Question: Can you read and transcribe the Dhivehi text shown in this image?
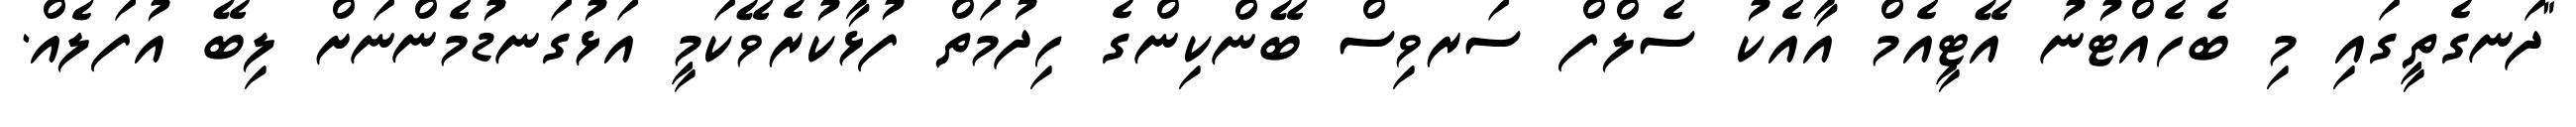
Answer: "ދަނގެތީގައި މި ބެހެއްޓުނު އޭޓީއެމް އާއެކު ސެލްފް ސަރވިސް ބޭންކިންގެ ހިދުމަތް ފުޅާކުރެވޭކަމީ އަޅުގަނޑުމެންނަށް ލިބޭ އުފަލެއް.